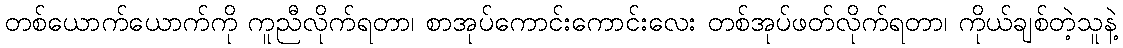
တစ်ယောက်ယောက်ကို ကူညီလိုက်ရတာ၊ စာအုပ်ကောင်းကောင်းလေး တစ်အုပ်ဖတ်လိုက်ရတာ၊ ကိုယ်ချစ်တဲ့သူနဲ့